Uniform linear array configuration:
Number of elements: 32
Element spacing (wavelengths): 0.75
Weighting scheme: hamming
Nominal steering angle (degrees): -15
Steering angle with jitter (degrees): -16.794
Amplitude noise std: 0.05
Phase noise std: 0.05

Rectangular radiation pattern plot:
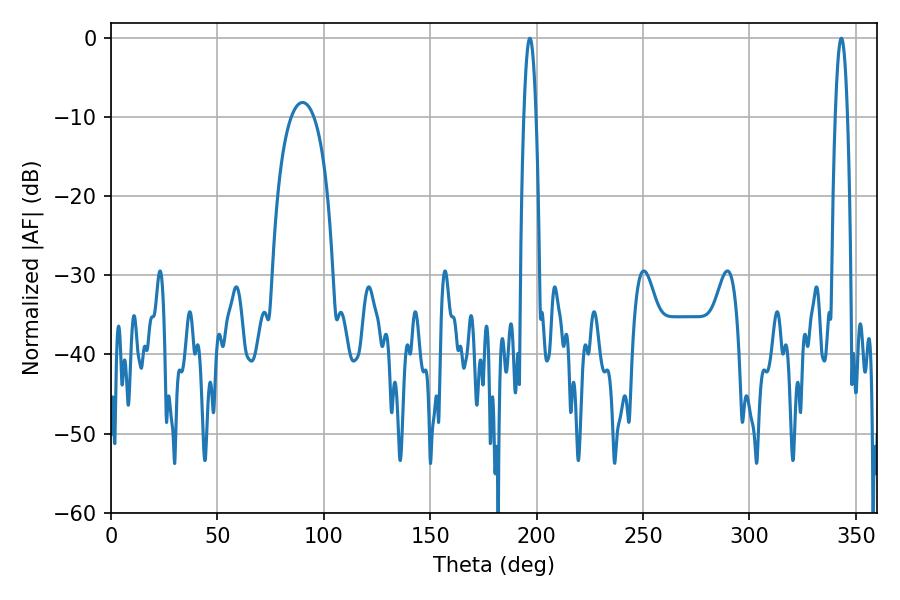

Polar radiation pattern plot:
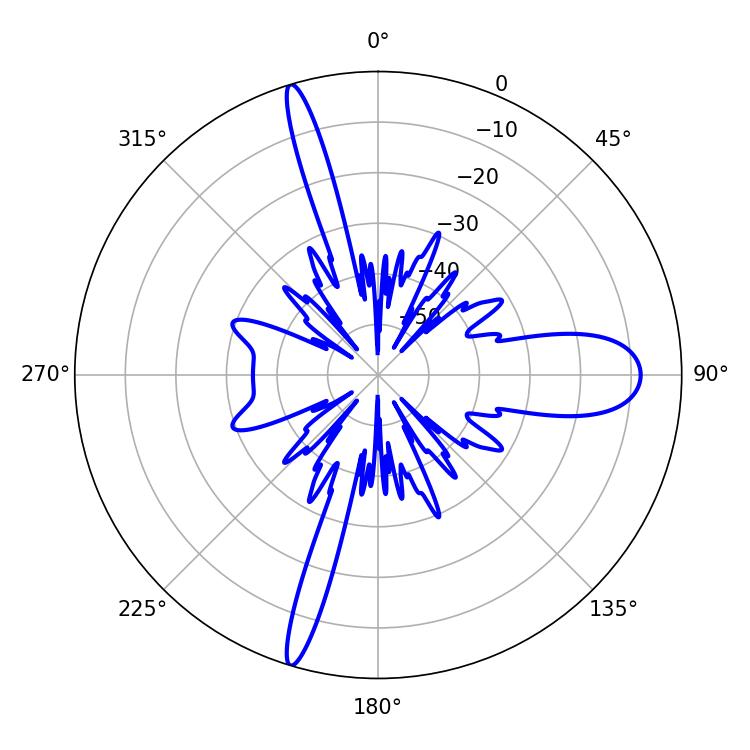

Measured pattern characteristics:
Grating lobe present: TRUE
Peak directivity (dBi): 32.092
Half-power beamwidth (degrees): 3.06
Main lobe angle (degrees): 196.74